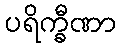
ပရိက္ခီဏာ